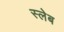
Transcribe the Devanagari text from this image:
स्लेब